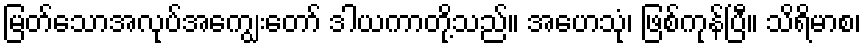
မြတ်သောအလုပ်အကျွေးတော် ဒါယကာတို့သည်။ အဟေသုံ၊ ဖြစ်ကုန်ပြီ။ သိရိမာစ၊